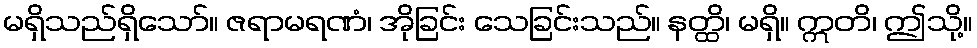
မရှိသည်ရှိသော်။ ဇရာမရဏံ၊ အိုခြင်း သေခြင်းသည်။ နတ္ထိ၊ မရှိ။ ဣတိ၊ ဤသို့။